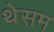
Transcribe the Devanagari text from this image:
थेसम